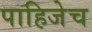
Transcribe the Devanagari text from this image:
पाहिजेच